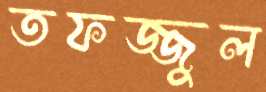
তফজ্জুল